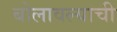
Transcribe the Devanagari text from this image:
बोलावल्याची